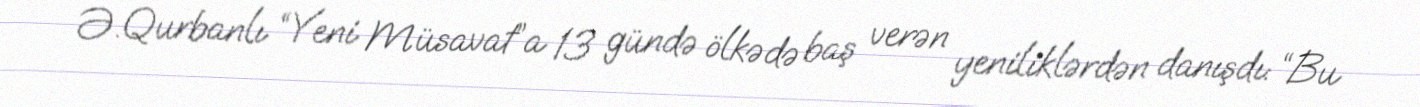
Ə.Qurbanlı “Yeni Müsavat”a 13 gündə ölkədə baş verən yeniliklərdən danışdı: “Bu